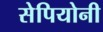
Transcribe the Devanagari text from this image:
सेपियोनी